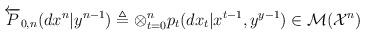
LaTeX: \begin{align*}{\overleftarrow {P}}_{0,n}(dx^n|y^{n-1}) &\triangleq \otimes_{t=0}^n {p}_{t}(dx_t|x^{t-1}, y^{y-1})\in{\cal M}({\cal X}^n)\end{align*}